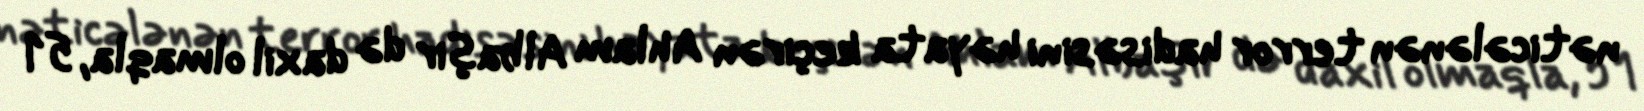
nəticələnən terror hadisəsini həyata keçirən Ahlam Albaşir də daxil olmaqla, 51